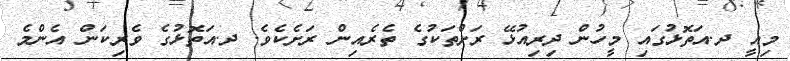
މިއީ ދ.އަތޮޅުގައި މީހުން ދިރިއުޅޭ ރަށްތަކުގެ ތެރެއިން ރަށެކެވެ. ދ.އަތޮޅުގެ ވެރިކަން އެންމެ